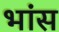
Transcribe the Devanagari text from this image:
भांस